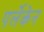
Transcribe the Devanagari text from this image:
पर्लेकेन